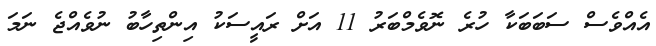
އެއްވެސް ސަބަބަކާ ހުރެ ނޮވެމްބަރު 11 އަށް ރައީސަކު އިންތިހާބު ނުވެއްޖެ ނަމަ